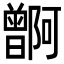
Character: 𬁭